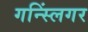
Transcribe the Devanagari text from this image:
गन्स्लिंगर